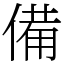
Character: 備